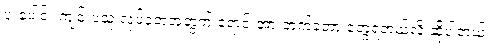
ပူးပေါင်း ကျင်းပသူ လုပ်ခဲ့တဲ့အတွက် ရောင်းအားတက်ခဲ့တာ တွေ့ရတယ်လို့ ဆိုပါတယ်။